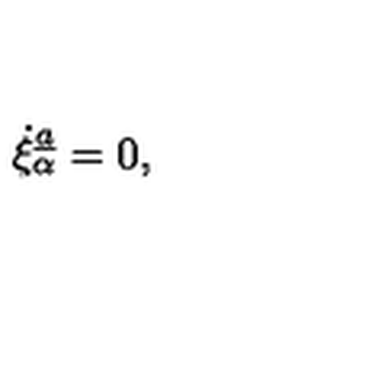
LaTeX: \dot { \xi } _ { \alpha } \sp { \underline { { a } } } = 0 ,